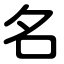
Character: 名